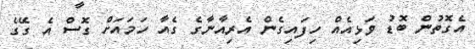
އެގޮތުން ބޮޑު ވަޅިއެއް ހިފައިގެން އެރިއާނާގެ ގެއާ ހަމައަށް ގޮސް އެ ގޭގެ